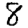
Digit: 8